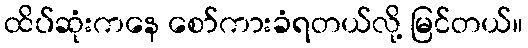
ထိပ်ဆုံးကနေ စော်ကားခံရတယ်လို့ မြင်တယ်။